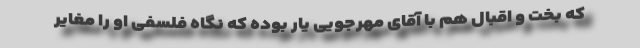
که بخت و اقبال هم با آقای مهرجویی یار بوده که نگاه فلسفی او را مغایر